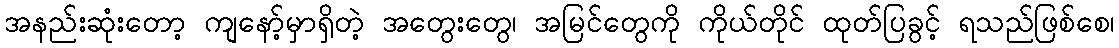
အနည်းဆုံးတော့ ကျနော့်မှာရှိတဲ့ အတွေးတွေ၊ အမြင်တွေကို ကိုယ်တိုင် ထုတ်ပြခွင့် ရသည်ဖြစ်စေ၊